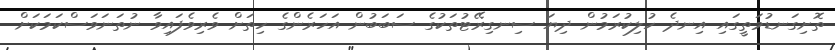
ތޮށިގަނޑުމަތީގައި އިނދެ ހުލިކުރަމުން ދިޔަ ސިނގިރޭޓުތަކުގެ ސަބަބުން އަހަރެންގެ ހިތަށް ވެރިވެފައިވާ ނުތަނަވަސްކަމަކަށް